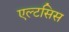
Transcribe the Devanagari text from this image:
एल्टसिस